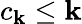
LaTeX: c_{\mathbf{k}}\leq\mathbf{k}